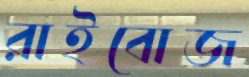
রাইবোজ